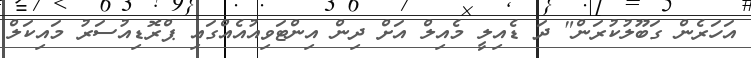
އަހަރެން ގަބޫލުކުރަން" ދަ ޑެއިލީ މެއިލް އަށް ދިން އިންޓަވިއުއެއްގައި ޕްރޮޑިއުސަރު މައިކަލް